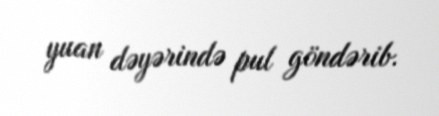
yuan dəyərində pul göndərib.